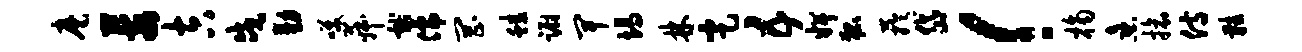
麾莓吉戍勤笑菽献儒罔蛙蹰卑竭林定五婢狐芋岱！桷熹旅侍鞋